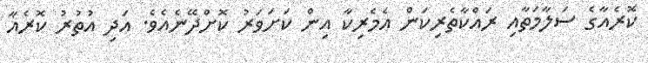
ކޮރެއާގެ ސަލާމަތާއި ރައްކާތެރިކަން އެމެރިކާ އިން ކަށަވަރު ކޮށްދޭނެއެވެ. އަދި އުތުރު ކޮރެއާ